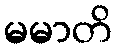
မမာတိ